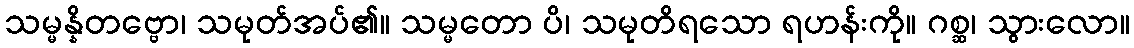
သမ္မန္နိတဗ္ဗော၊ သမုတ်အပ်၏။ သမ္မတော ပိ၊ သမုတိရသော ရဟန်းကို။ ဂစ္ဆ၊ သွားလော။